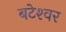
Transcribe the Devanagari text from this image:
बटेश्‍वर